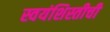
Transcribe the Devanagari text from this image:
स्वयंशिस्तीची